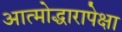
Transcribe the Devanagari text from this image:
आत्मोद्धारापेक्षा